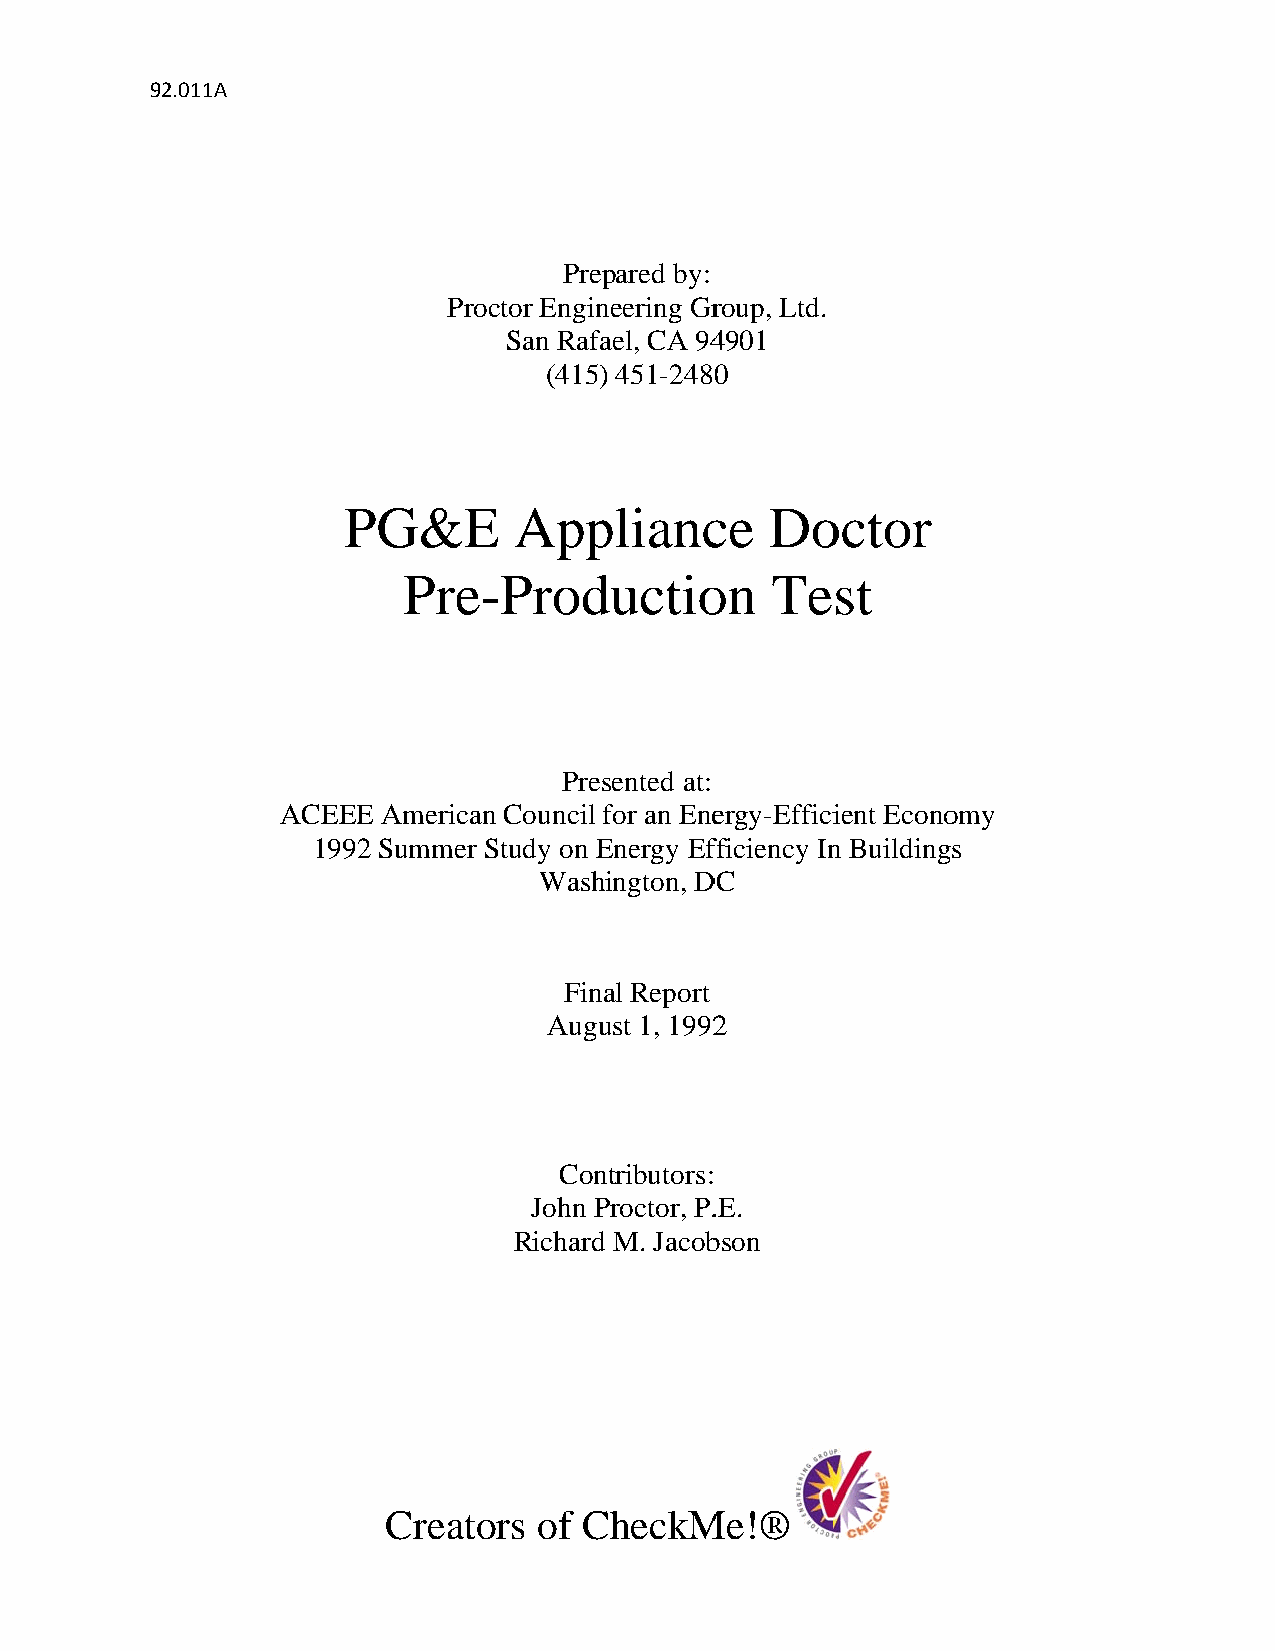
92.011A
 Preepared by:
 Prooctor Engineering Grroup, Ltd.
 San Raffael, CA 944901
 (4155) 451-24800
 PPG&EE     Apppliancce      Dooctor
 Pree-Prodductioon       Test
 Preesented at:
 ACEEEE Americaan Council for an Eneergy-Efficiient Econoomy
 1992 Summerr Study on Energy Effficiency Inn Buildingss
 Washhington, DDC
 Finnal Report
 Auggust 1, 19922
 Conntributors:
 John PProctor, P..E.
 Richardd M. Jacobbson
 Creators  of CCheckMMe!®